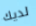
لديك